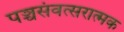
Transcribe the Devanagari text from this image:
पञ्चसंवत्सरात्मक